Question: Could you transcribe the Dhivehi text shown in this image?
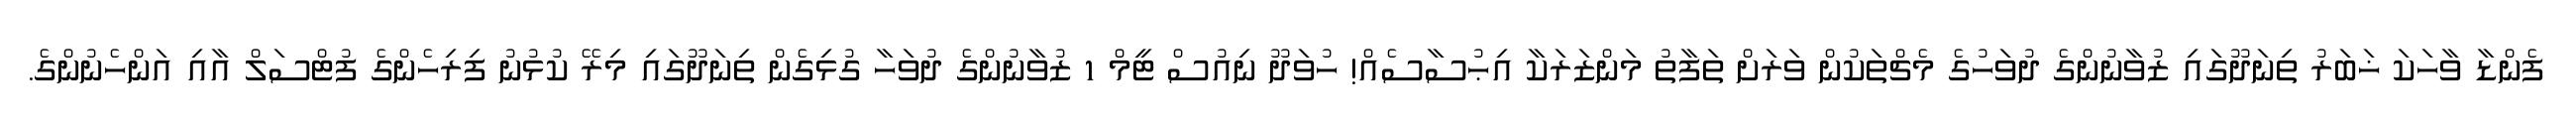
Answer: ފެންޑާ ވާހަކަ ޚަބަރު ތިނަދޫގައި ޒުވާނުންގެ ދުވަހުގެ މެޗްތަކުން ވަރަށް ތަފާތު މަންޒަރަކާ އިޙުސާސެއް! ހުވަދޫ ނިއުސް ޓީމް 1 ޒުވާނުންގެ ދުވަހާ ގުޅިގެން ތިނަދޫގައި މިރޭ ކުޅުނު ފިރިހެންގެ ފުޓްސަލް އާއި އަންހެނުންގެ.